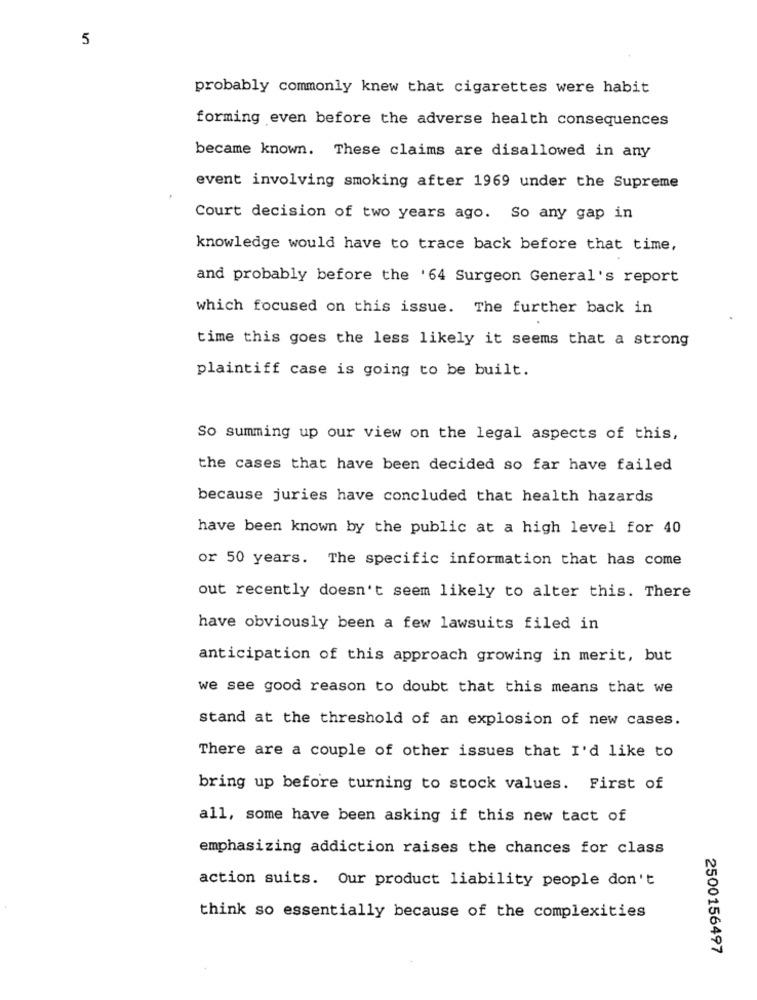
5
probably commonly knew that cigarettes were habit
forming even before the adverse health consequences
became known. These claims are disallowed in any
event involving smoking after 1969 under the Supreme
Court decision of two years ago. So any gap in
knowledge would have to trace back before that time,
and probably before the '64 Surgeon General's report
which focused on this issue. The further back in
time this goes the less likely it seems that a strong
plaintiff case is going to be built.
So summing up our view on the legal aspects of this,
the cases that have been decided so far have failed
because juries have concluded that health hazards
have been known by the public at a high level for 40
or 50 years. The specific information that has come
out recently doesn't seem likely to alter this. There
have obviously been a few lawsuits filed in
anticipation of this approach growing in merit, but
we see good reason to doubt that this means that we
stand at the threshold of an explosion of new cases.
There are a couple of other issues that I'd like to
bring up before turning to stock values. First of
all, some have been asking if this new tact of
emphasizing addiction raises the chances for class
action suits. Our product liability people don't
think so essentially because of the complexities
2500156497